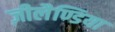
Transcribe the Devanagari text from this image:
ज़ीलैण्डिया